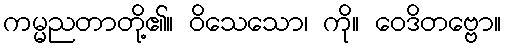
ကမ္မညတာတို့၏။ ဝိသေသော၊ ကို။ ဝေဒိတဗ္ဗော။